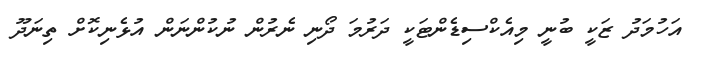
އަހުމަދު ޒަކީ ބުނީ މިއެކްސިޑެންޓަކީ ދަރުމަ ދޯނި ނެރުން ނުކުންނަން އުޅެނިކޮށް ތިނަދޫ